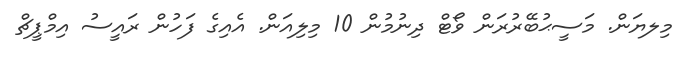
މިލޔަން. މަސީޙުބޭރުރަން ވޯޓް ދިނުމުން 10 މިލިއަން. އެއިގެ ފަހުން ރައީސު އިމްޕީޗް